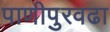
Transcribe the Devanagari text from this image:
पाणीपुरवढा